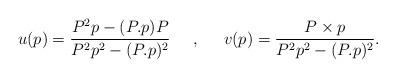
LaTeX: \begin{align*}u(p)=\frac{P^2p-(P.p)P}{P^2p^2-(P.p)^2} \;\;\;\;\; , \;\;\;\;\;v(p)=\frac{P \times p}{P^2p^2-(P.p)^2}.\end{align*}